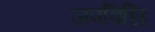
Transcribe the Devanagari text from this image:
जपविधिः